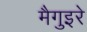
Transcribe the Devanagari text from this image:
मैगुइरे